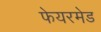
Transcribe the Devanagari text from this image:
फेयरमेड